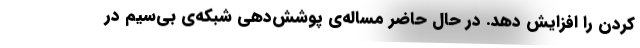
کردن را افزایش دهد. در حال حاضر مساله‌ی پوشش‌دهی شبکه‌ی بی‌سیم در